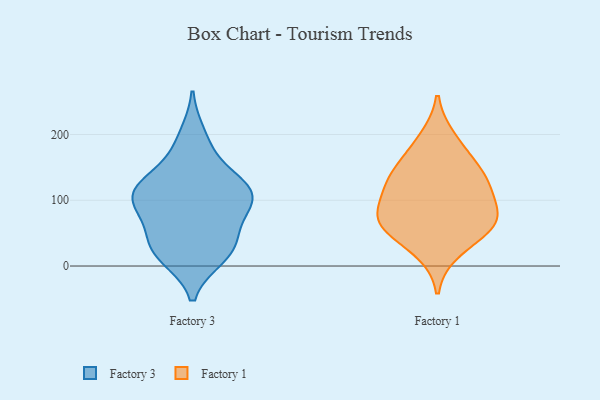
{"axis": {"x": "Customer Acquisition Cost (USD)", "y": "Value"}, "legend": ["Factory 1", "Factory 3"], "data": [{"x": "", "y": 112, "type": "Factory 3"}, {"x": "", "y": 115, "type": "Factory 3"}, {"x": "", "y": 91, "type": "Factory 3"}, {"x": "", "y": 31, "type": "Factory 3"}, {"x": "", "y": 14, "type": "Factory 3"}, {"x": "", "y": 85, "type": "Factory 3"}, {"x": "", "y": 171, "type": "Factory 3"}, {"x": "", "y": 199, "type": "Factory 3"}, {"x": "", "y": 38, "type": "Factory 3"}, {"x": "", "y": 120, "type": "Factory 3"}, {"x": "", "y": 108, "type": "Factory 3"}, {"x": "", "y": 111, "type": "Factory 3"}, {"x": "", "y": 30, "type": "Factory 3"}, {"x": "", "y": 131, "type": "Factory 3"}, {"x": "", "y": 15, "type": "Factory 3"}, {"x": "", "y": 70, "type": "Factory 3"}, {"x": "", "y": 56, "type": "Factory 1"}, {"x": "", "y": 76, "type": "Factory 1"}, {"x": "", "y": 70, "type": "Factory 1"}, {"x": "", "y": 120, "type": "Factory 1"}, {"x": "", "y": 194, "type": "Factory 1"}, {"x": "", "y": 166, "type": "Factory 1"}, {"x": "", "y": 113, "type": "Factory 1"}, {"x": "", "y": 137, "type": "Factory 1"}, {"x": "", "y": 66, "type": "Factory 1"}, {"x": "", "y": 134, "type": "Factory 1"}, {"x": "", "y": 69, "type": "Factory 1"}, {"x": "", "y": 23, "type": "Factory 1"}]}